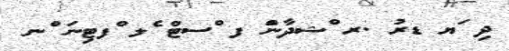
ދި ަޔ ޑރު .ރ ްޝދާންަ ފ ްސޓް ެލ ްފޓިނަ ްނ